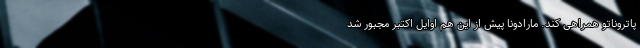
پاتروناتو همراهی کند. مارادونا پیش از این هم اوایل اکتبر مجبور شد